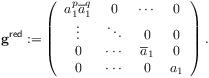
LaTeX: \begin{align*}\footnotesize\aligned{\bf g}^{\sf red}:=\left( \begin{array}{cccc} a_1^{p}\overline a_1^{q} & 0 & \cdots & 0 \\ \vdots & \ddots & 0 & 0 \\ 0 & \cdots & \overline a_1 & 0 \\ 0 & \cdots & 0 & a_1 \\ \end{array}\right).\endaligned\end{align*}